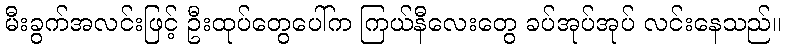
မီးခွက်အလင်းဖြင့် ဦးထုပ်တွေပေါ်က ကြယ်နီလေးတွေ ခပ်အုပ်အုပ် လင်းနေသည်။